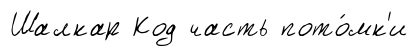
Шалкар Код часть пото́мк'и